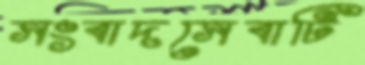
সংবাদসেবাটি